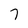
Character: 7